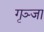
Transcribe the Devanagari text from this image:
गृञ्जा